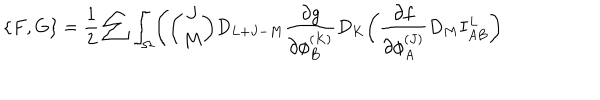
\{ F , G \} = { \frac { 1 } { 2 } } \sum \int _ { \Omega } \Biggl ( { \binom { J } { M } } D _ { L + J - M } { \frac { \partial g } { \partial \phi _ { B } ^ { ( K ) } } } D _ { K } \biggl ( { \frac { \partial f } { \partial \phi _ { A } ^ { ( J ) } } } D _ { M } I _ { A B } ^ { L } \biggr )